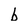
Character: b